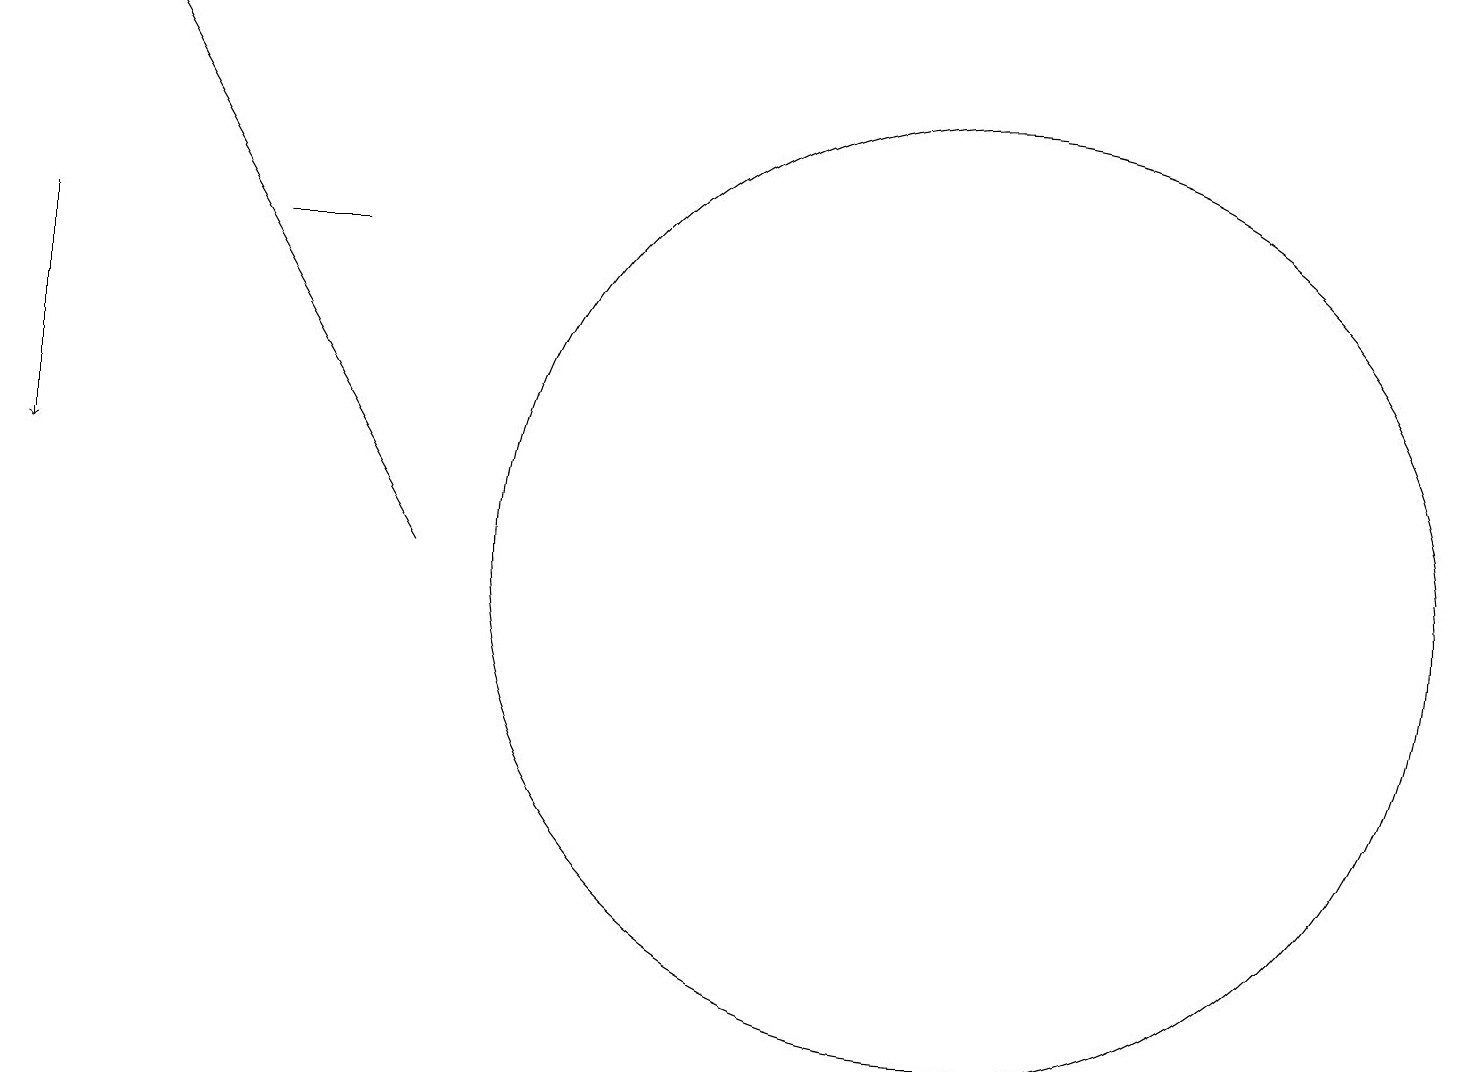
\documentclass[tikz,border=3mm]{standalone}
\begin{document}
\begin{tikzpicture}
\draw[->] (5,10) -- (1,17);
\draw (12,10) circle (6);
\draw (3,14) rectangle (4,14);
\draw[->] (0,14) -- (0,11);
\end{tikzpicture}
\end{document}